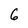
Character: 6